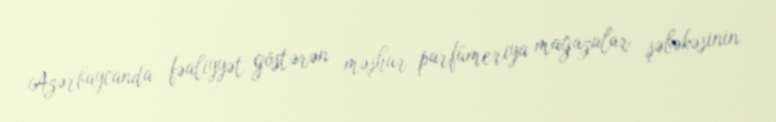
Azərbaycanda fəaliyyət göstərən məşhur parfümeriya mağazalar şəbəkəsinin